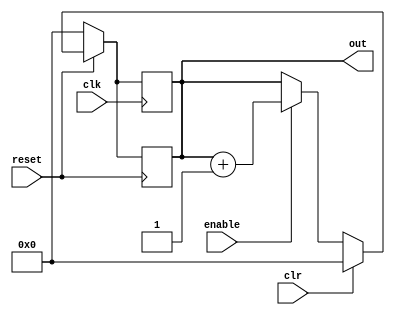
/* Generated by Yosys 0.7 (git sha1 9a6c3cb, gcc 6.3.0-18ubuntu2~14.04 -fPIC -Os) */

module clk_up_counter(out, enable, clk, clr, reset);
  reg [7:0] _0_;
  wire [31:0] _1_;
  wire _2_;
  input clk;
  input clr;
  input enable;
  output [7:0] out;
  reg [7:0] out;
  input reset;
  assign _1_ = out + 32'd1;
  assign _2_ = reset == 32'd0;
  always @* begin
    _0_ = out;
    casez (_2_)
      1'b1:
          _0_ = 8'b00000000;
      default:
          casez (clr)
            1'b1:
                _0_ = 8'b00000000;
            default:
                casez (enable)
                  1'b1:
                      _0_ = _1_[7:0];
                  default:
                      /* empty */;
                endcase
          endcase
    endcase
  end
  always @(posedge clk) begin
      out <= _0_;
  end
  always @(negedge reset) begin
      out <= _0_;
  end
endmodule